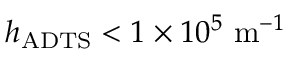
h _ { \mathrm { A D T S } } < 1 \times 1 0 ^ { 5 } \ \mathrm { m } ^ { - 1 }